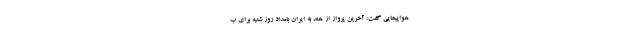
هواپیمایی گفت: آخرین پرواز از هند به ایران بامداد روز شنبه برای ب